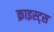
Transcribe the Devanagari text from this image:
क्राइस्ट्स